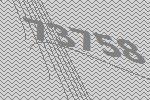
73758